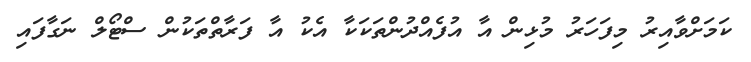
ކަމަށްވާއިރު މިފަހަރު މުޅިން އާ އުފެއްދުންތަކަކާ އެކު އާ ފަރާތްތަކުން ސްޓޯލް ނަގާފައި